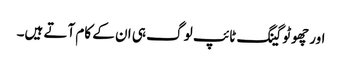
اور چھوٹو گینگ ٹائپ لو گ ہی ان کے کام آتے ہیں۔